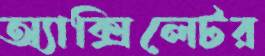
অ্যাক্সিলেটর